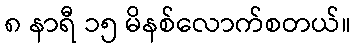
၈ နာရီ ၁၅ မိနစ်လောက်စတယ်။